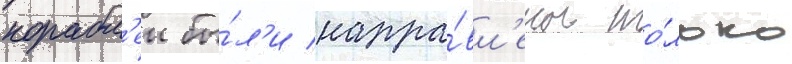
корабл'еи бы́л'и напра́вл'ены то́лько